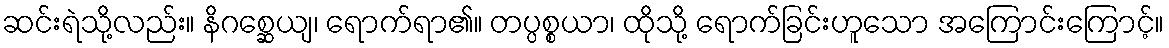
ဆင်းရဲသို့လည်း။ နိဂစ္ဆေယျ၊ ရောက်ရာ၏။ တပ္ပစ္စယာ၊ ထိုသို့ ရောက်ခြင်းဟူသော အကြောင်းကြောင့်။